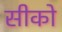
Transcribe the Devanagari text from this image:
सीको